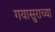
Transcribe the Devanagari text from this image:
गयासुराच्या